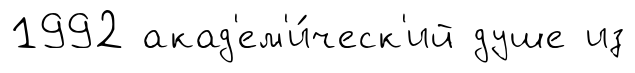
1992 акад'ем'и́ческ'ий душе из